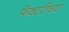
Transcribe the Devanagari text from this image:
फॅक्टरीच्या